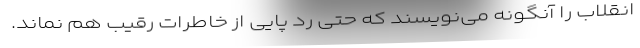
انقلاب را آنگونه می‌نویسند که حتی رد پایی از خاطرات رقیب هم نماند.